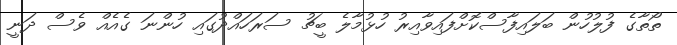
ތޯތާގެ ފުލުހުން ބަލައިފާސްކޮށްފައިވާއިރު ހުޅުމާލެ ބީޗު ސަރަހައްދުގައި ހުންނަ ގެއެއް ވެސް ދަނީ